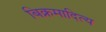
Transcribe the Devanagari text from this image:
बिक्रमादित्य